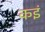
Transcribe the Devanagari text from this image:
कइं